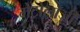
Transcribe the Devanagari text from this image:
मेट्रोलॉजी